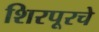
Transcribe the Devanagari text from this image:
शिरपूरचे